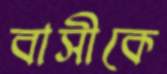
বাসীকে